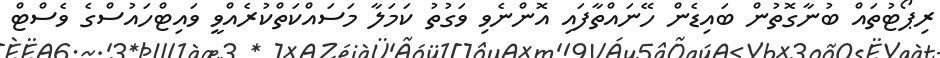
ރިޕޯޓުތައް ބުނާގޮތުން ބައިޑެން ހޭނައްތާފައި އޮންނެވި ވަގުތު ކަމަލާ މަސައްކަތްކުރެއްވީ ވައިޓްހައުސްގެ ވެސްޓް